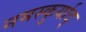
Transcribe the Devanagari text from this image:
नमस्कुर्याद्